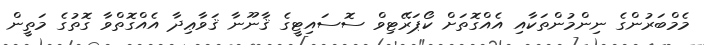
މެމްބަރުންގެ ނިންމުންތަކާއި އެއްގޮތަށް ކޯޕަރޭޓިވް ސޮސައިޓީގެ ޤާނޫނާ ޤަވާޢިދާ އެއްގޮތްވާ ގޮތުގެ މަތީން